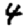
Digit: 4